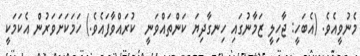
މެނުވީއެވެ. (އެބަހީ: ޖާހިލީ ޒަމާނުގައި ހިނގާދިޔަ ކަންތައްވަނީ  ކުރައްވާފައެވެ.) ހަމަކަށަވަރުން އެކަމަކީ